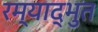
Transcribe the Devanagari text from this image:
रम्याद्भुत